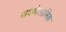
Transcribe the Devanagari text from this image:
सबथेलामिक